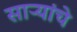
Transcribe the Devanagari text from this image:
साऱ्यांचे